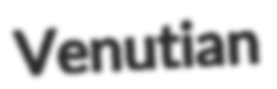
Venutian